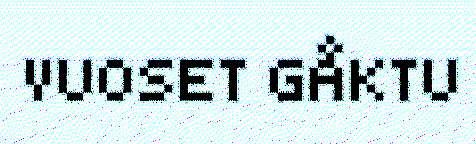
VUOSET GÅKTU